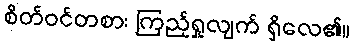
စိတ်ဝင်တစား ကြည့်ရှုလျက် ရှိလေ၏။